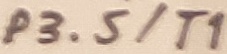
Text: P3.5/T1